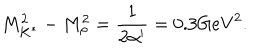
M _ { K ^ { * } } ^ { 2 } - M _ { \rho } ^ { 2 } = \frac { 1 } { 2 \alpha ^ { \prime } } = 0 . 3 \mathrm { G e V } ^ { 2 } .